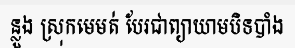
ន្លួង ស្រុកមេមត់ បែរជាព្យាយាមបិទបាំង